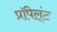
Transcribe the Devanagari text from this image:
प्रॉपेल्ंट